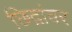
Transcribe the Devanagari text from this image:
छिद्रांवर